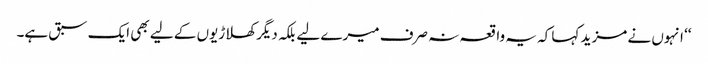
‘‘ انہوں نے مزید کہا کہ یہ واقعہ نہ صرف میرے لیے بلکہ دیگر کھلاڑیوں کے لیے بھی ایک سبق ہے۔